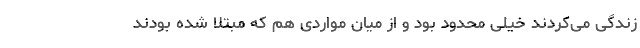
زندگی می‌کردند خیلی محدود بود و از میان مواردی هم که مبتلا شده بودند